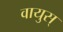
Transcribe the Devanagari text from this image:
वायुस्